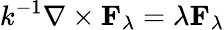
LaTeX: k^{-1}\nabla\times\mathbf{F}_{\lambda}=\lambda\mathbf{F}_{\lambda}